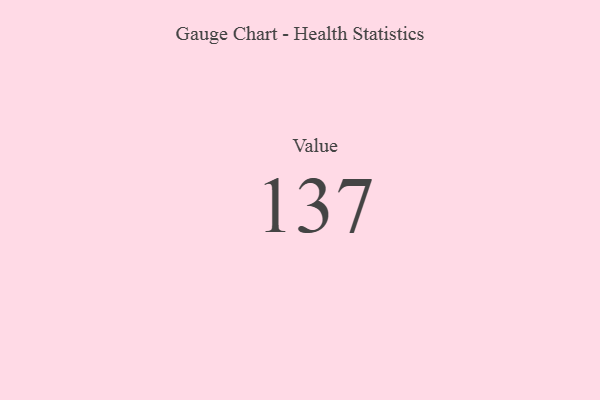
{"axis": {"x": "Metric", "y": "Value"}, "legend": [""], "data": [{"x": "Value", "y": 137, "type": ""}]}